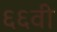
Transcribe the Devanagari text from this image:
६६वी